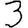
Digit: 3